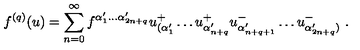
f ^ { ( q ) } ( u ) = \sum _ { n = 0 } ^ { \infty } f ^ { \alpha _ { 1 } ^ { \prime } \ldots \alpha _ { 2 n + q } ^ { \prime } } u _ { ( \alpha _ { 1 } ^ { \prime } } ^ { + } \ldots u _ { \alpha _ { n + q } ^ { \prime } } ^ { + } u _ { \alpha _ { n + q + 1 } ^ { \prime } } ^ { - } \ldots u _ { \alpha _ { 2 n + q } ^ { \prime } ) } ^ { - } \ .